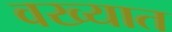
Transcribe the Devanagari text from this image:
वख्यात